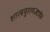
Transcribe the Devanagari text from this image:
शास्त्रपुराणांबाहेर